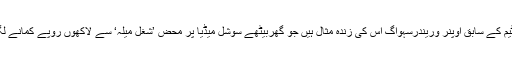
بھارتی ٹیم کے سابق اوپنر وریندرسہواگ اس کی زندہ مثال ہیں جو گھربیٹھے سوشل میڈیا پر محض ’شغل میلہ‘ سے لاکھوں روپے کمانے لگے ہیں ۔